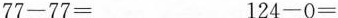
$$7 7 - 7 7 =$$ $$1 2 4 - 0 =$$